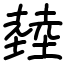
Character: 龳